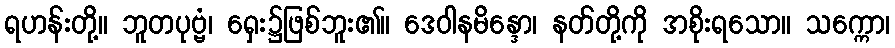
ရဟန်းတို့။ ဘူတပုဗ္ဗံ၊ ရှေး၌ဖြစ်ဘူး၏။ ဒေဝါနမိန္ဒော၊ နတ်တို့ကို အစိုးရသော။ သက္ကော၊